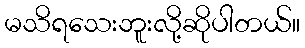
မသိရသေးဘူးလို့ဆိုပါတယ်။